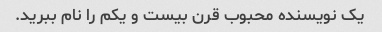
یک نویسنده محبوب قرن بیست و یکم را نام ببرید.